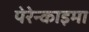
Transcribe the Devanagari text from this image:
पेरेन्काइमा